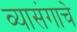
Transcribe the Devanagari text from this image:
व्यासंगाचे